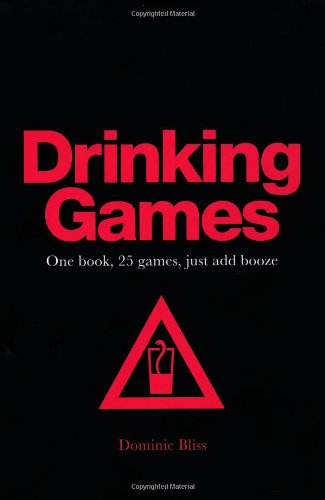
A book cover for Drinking Games: One Book, 25 Games, Just Add Booze; Dominic Bliss; Humor & Entertainment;